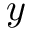
y